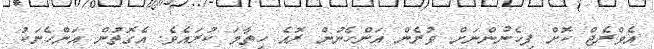
އެވްރެޖް ކޮށް ފިހެނުންނަށް ވުރެން އަންހެނުން ރޮއެ ހިތާމަ ކުރައެވެ. އެގޮތުން އަންހެނަކު